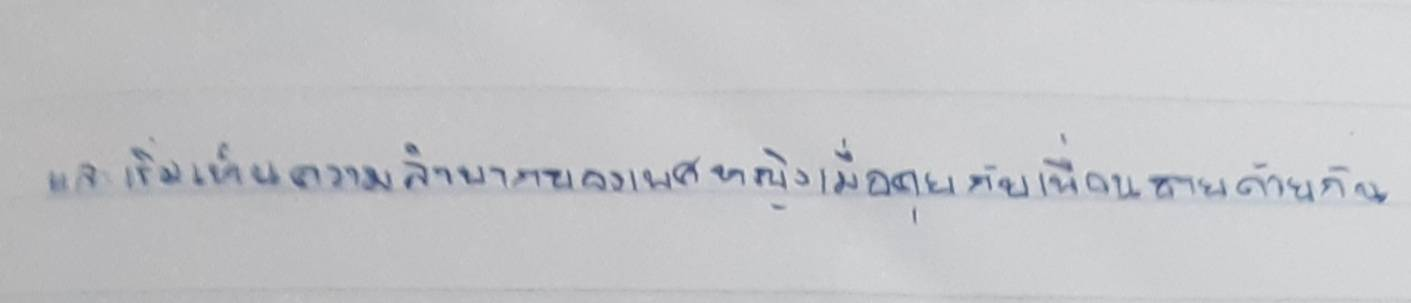
และเริ่มเห็นความลำบากของเพศหญิงเมื่อคุยกับเพื่อนชายด้วยกัน